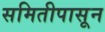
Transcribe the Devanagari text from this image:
समितीपासून